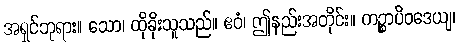
အရှင်ဘုရား။ သော၊ ထိုခိုးသူသည်။ ဧဝံ၊ ဤနည်းအတိုင်း။ ကဉ္စာပိဝဒေယျ၊